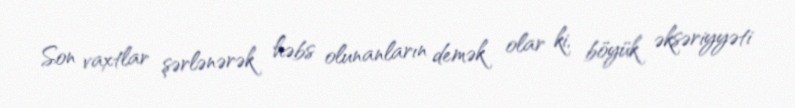
Son vaxtlar şərlənərək həbs olunanların demək olar ki, böyük əksəriyyəti